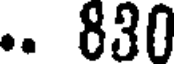
.. 830